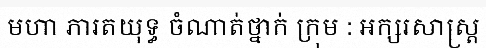
មហា ភារតយុទ្ធ ចំណាត់ថ្នាក់ ក្រុម : អក្សរសាស្ត្រ